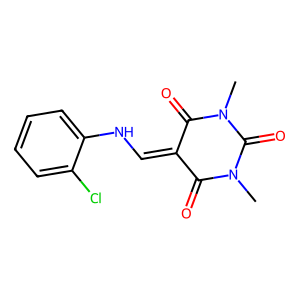
SMILES: CN1C(=O)C(=CNc2ccccc2Cl)C(=O)N(C)C1=O
Inhibits HIV replication: No